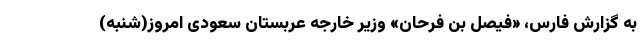
به گزارش فارس، «فیصل بن فرحان» وزیر خارجه عربستان سعودی امروز(شنبه)